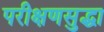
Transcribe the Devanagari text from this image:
परीक्षणसुद्धा